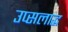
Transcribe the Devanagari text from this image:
उप्सलाद्ध